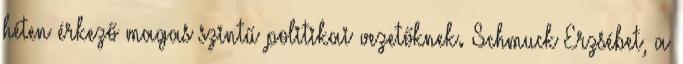
héten érkező magas szintű politikai vezetőknek. Schmuck Erzsébet, a